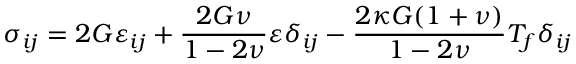
\sigma _ { i j } = 2 G \varepsilon _ { i j } + \frac { 2 G \nu } { 1 - 2 \nu } \varepsilon \delta _ { i j } - \frac { 2 \kappa G ( 1 + \nu ) } { 1 - 2 \nu } T _ { f } \delta _ { i j }